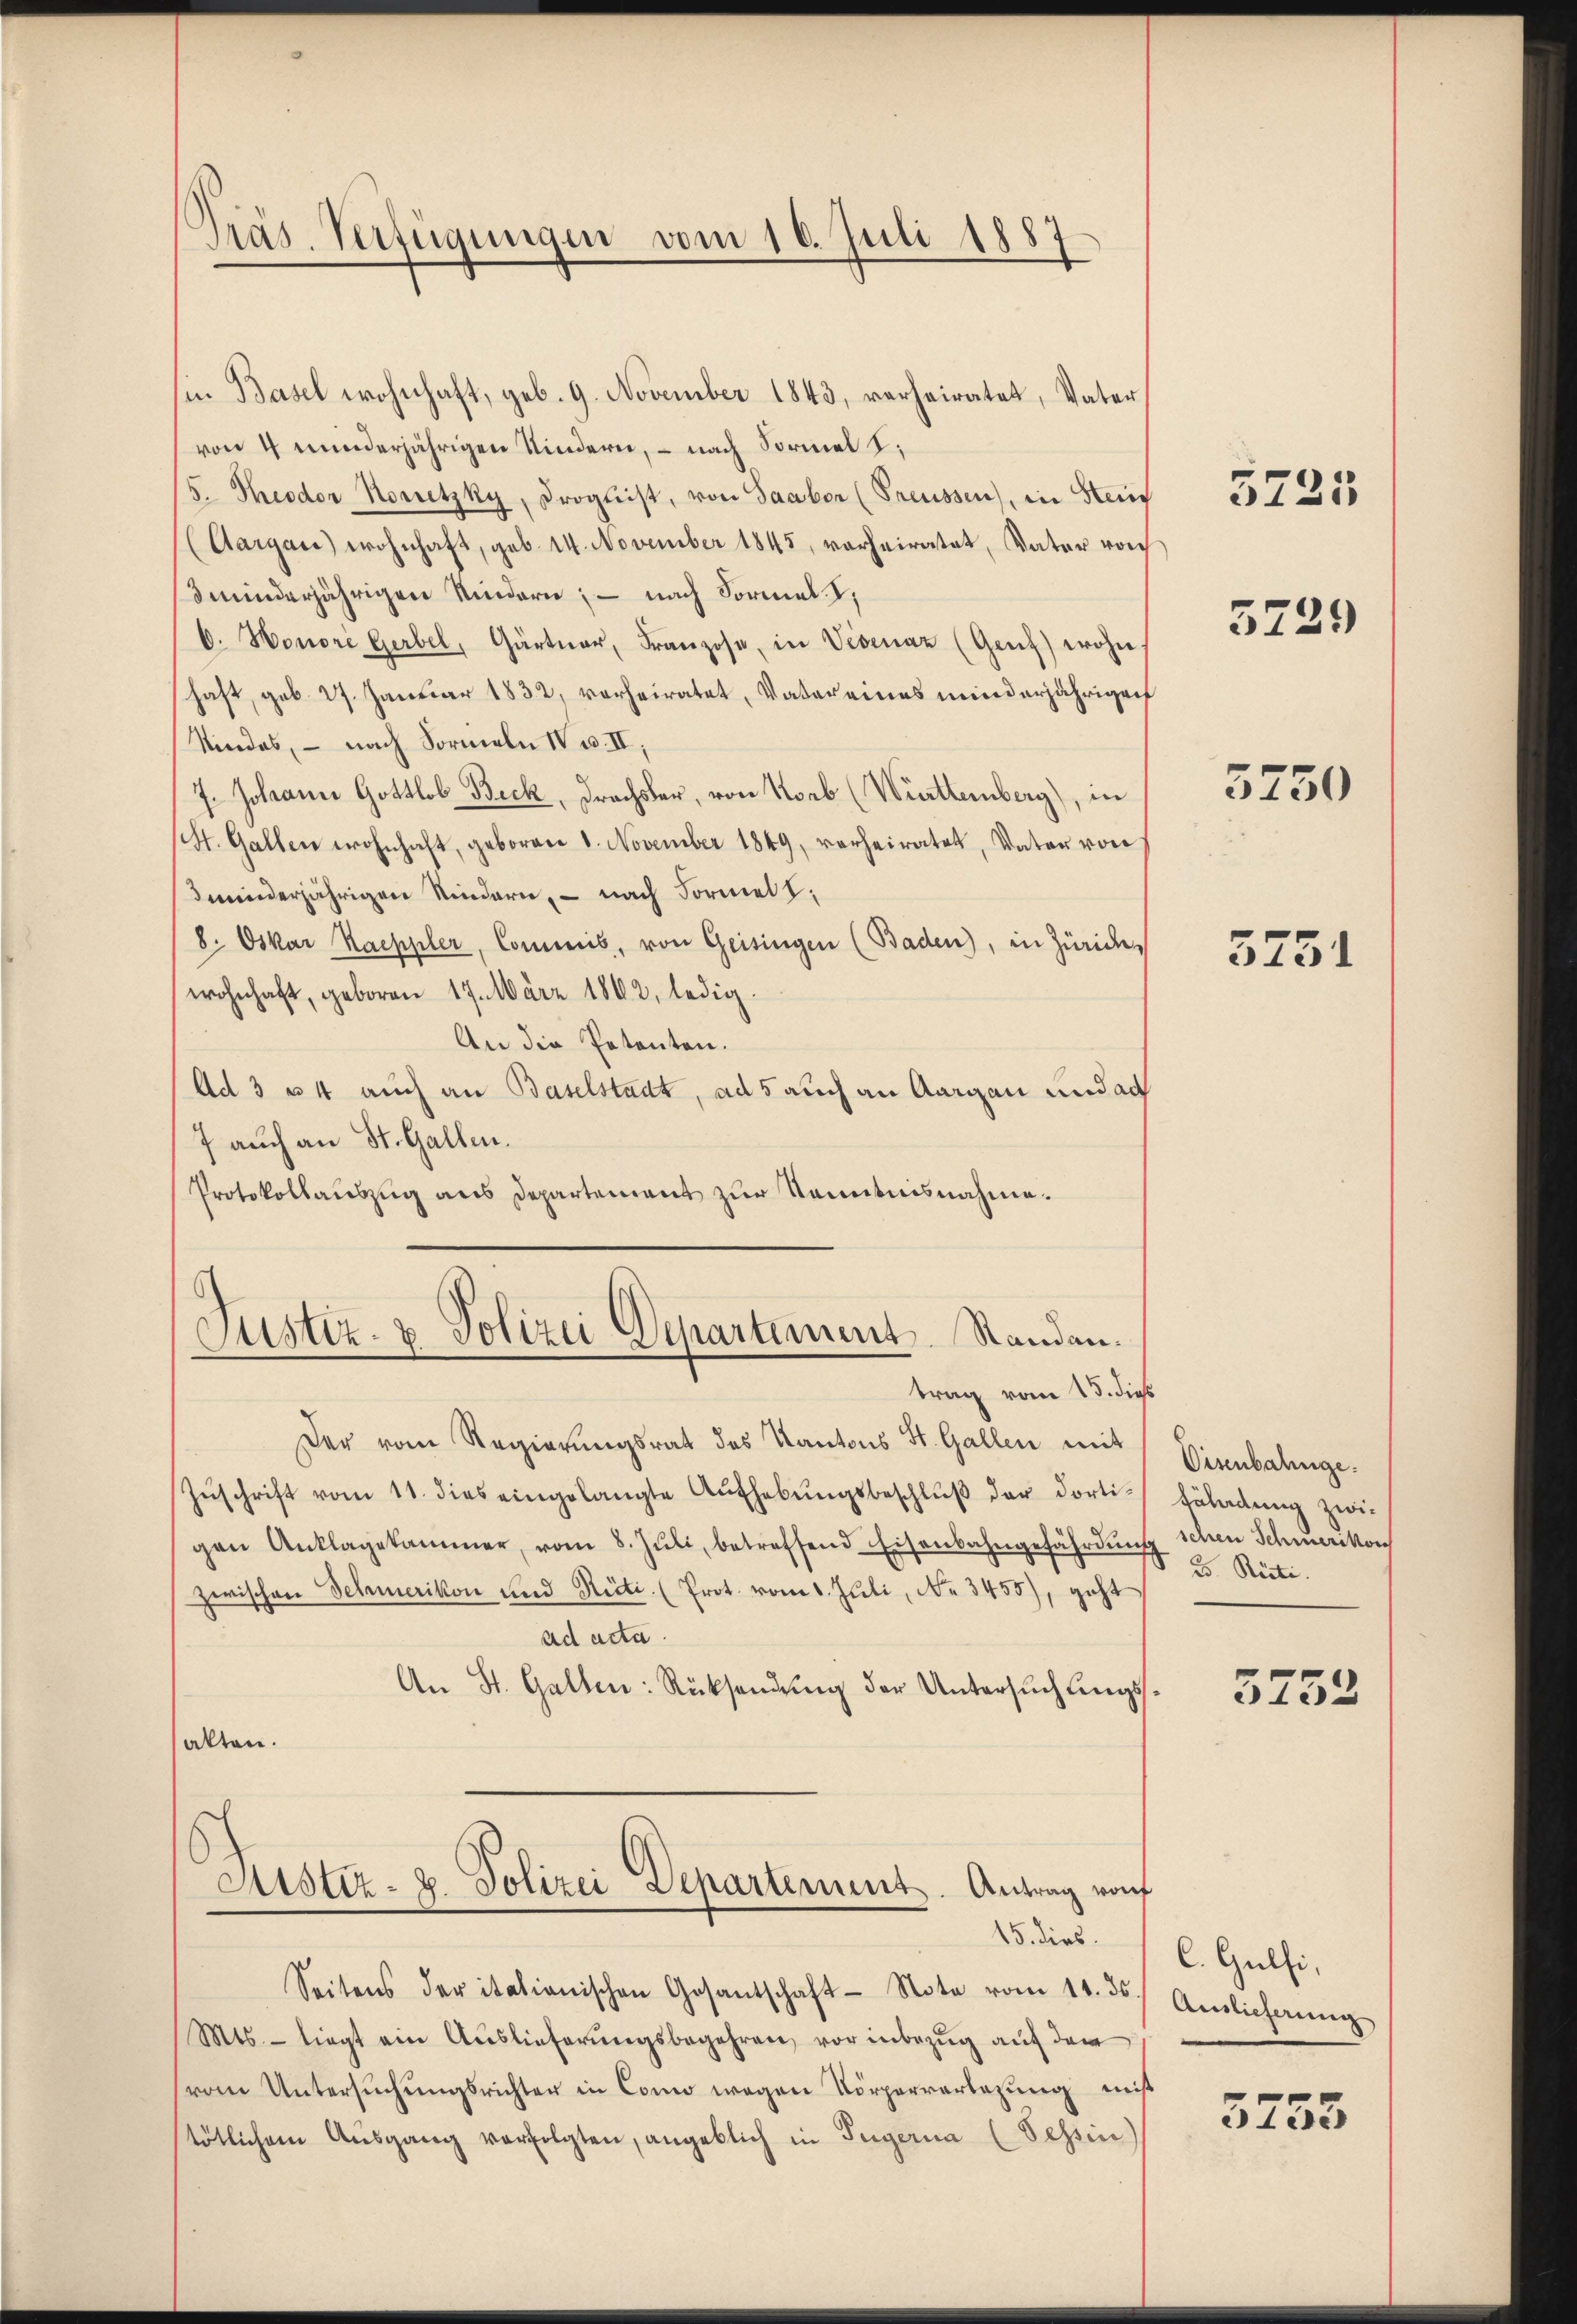
in Basel wohnhaft, geb. 9. November 1843, verheiratet, Vater
von 4 minderjährigen Kindern, – nach Formel
5. Theodor Korretzky, Progleist, von Saabor (Preussen), in Steif
(Aargau) wohnhaft, geb. 14. November 1845, vorheiratet, Vater vorh
3minderjährigen Kindern; — nach Formal. I,
b. Honori Gerbel, Gärtner, Franzose, in Vevenaz (Genz) wohn
haft, geb. 27. Januar 1832, verheiratet, Vater eines minderjährigen
Kindes, – nach Formeln IV u. II,
7. Johann Gottlob Beck, Drachsler, von Korb (Württemberg), in
(St. Gallen wohnhaft, geboren 8. November 1849, verheiratet, Vater von
minderjährigen Kindern, – nach Formel,
8. Oskar Kaeppler, Commis, von Geisingen (Baden), in Züric
wohnhaft, geboren 17. März 1862, ledig.
An die Petenten.
Ad 3 u 4 auch an Baselstadt, ad 5 auch an Aargau und ad
7 auch an St. Gallen.
Protokollauszug aus Departement zur Kenntnisnahme.

Präs. Verfügungen vom 16. Juli 1887

Justiz- & Polizei Departement. Standen.

trag vom 15. dies
Der vom Regierungsrat des Kantons St. Gallen mit
Zŭschrift vom 11. dies eingelangte Aŭfhebŭngsbeschlŭβ der dorti-
gen Anklagekammer, vom 8. Jŭli, betreffend Eisenbahngefährdŭng
zwischen Schmerikon und Rüti. (Prot. vom 1. Juli, No 3455), geht
ad acta
An St. Gallen: Rücksendŭng der Untersŭchungssalten.
Aistiz- u. Polizei Departement. Antrag von
15. dies.
Seitens der itationischen Gesantschaft Note vom 11. ds
Mts. - liegt ein Auslieferungsbegehren, vor inbezug auf dem
vom Untersuchungsrichter in Como wegen Körperverlegung miß
tötlichem Aŭsgang verfolgten, angeblich in Tugerna (Tessin)

5725

5729

3750

5751

Visenbahnge.
täladung zwischen Schmerikon
25. Riete.

5752

C. Gulfi,
Auslieferung

5733